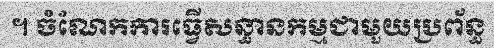
។ ចំណែកការធ្វើសន្ធានកម្មជាមួយប្រព័ន្ធ